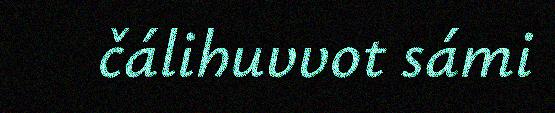
čálihuvvot sámi